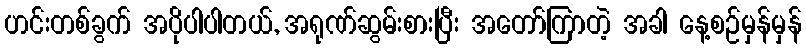
ဟင်းတစ်ခွက် အပိုပါပါတယ်, အရုဏ်ဆွမ်းစားပြီး အတော်ကြာတဲ့ အခါ နေ့စဉ်မှန်မှန်